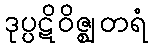
ဒုပ္ပဋိဝိဇ္ဈတရံ